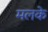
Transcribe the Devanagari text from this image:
मलके